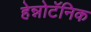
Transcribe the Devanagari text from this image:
हेन्नोटॅनिक